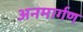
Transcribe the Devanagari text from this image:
अनमार्गण